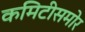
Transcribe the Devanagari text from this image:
कमिटीसमोर